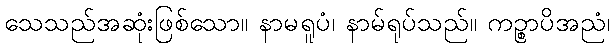
သေသည်အဆုံးဖြစ်သော။ နာမရူပံ၊ နာမ်ရုပ်သည်။ ကဉ္စာပိအညံ၊